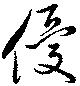
優